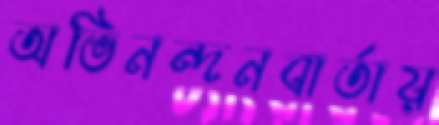
অভিনন্দনবার্তায়